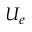
U _ { e }